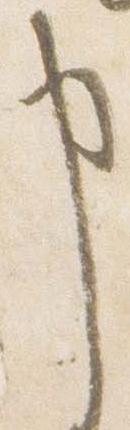
申